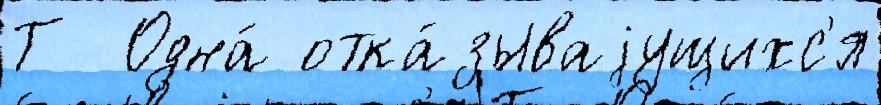
Т  Одна́ отка́зываjущихс'я